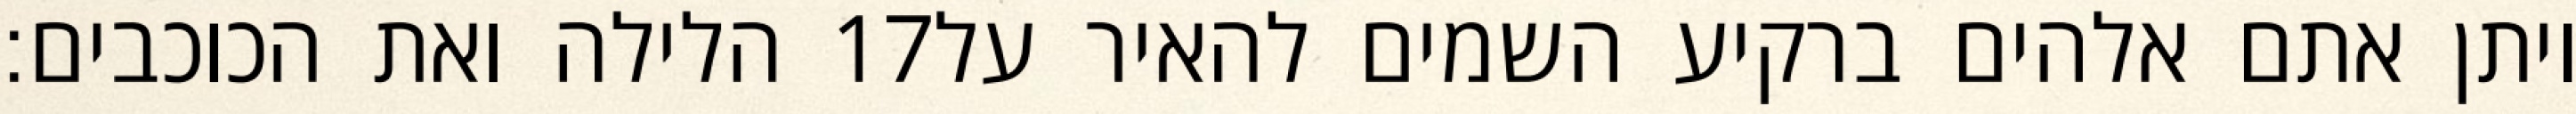
הלילה ואת הכוכבים׃ ‎17‏ ויתן אתם אלהים ברקיע השמים להאיר על